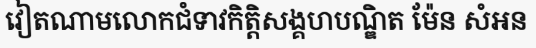
វៀតណាមលោកជំទាវកិត្តិសង្គហបណ្ឌិត ម៉ែន សំអន